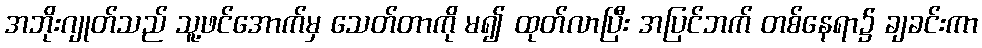
အဘိုးဂျုတ်သည် သူ့ဖင်အောက်မှ သေတ်တာကို မ၍ ထုတ်လာပြီး အပြင်ဘက် တစ်နေရာ၌ ချခင်းကာ